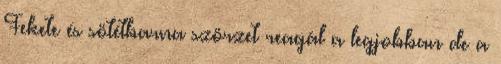
Fekete és sötétbarna szörzet reagál a legjobban de a